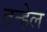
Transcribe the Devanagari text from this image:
तन्हेल